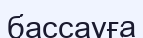
бассауға